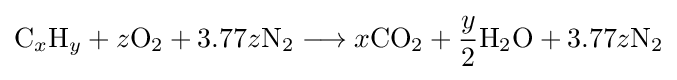
{\mathrm {C} }_{x}{\mathrm {H} }_{y}+z{\mathrm {O} {\vphantom {A}}_{\smash[{t}]{2}}}+3.77z{\mathrm {N} {\vphantom {A}}_{\smash[{t}]{2}}{}\mathrel {\longrightarrow } {}}x{\mathrm {CO} {\vphantom {A}}_{\smash[{t}]{2}}}+{y \over 2}{\mathrm {H} {\vphantom {A}}_{\smash[{t}]{2}}\mathrm {O} }+3.77z{\mathrm {N} {\vphantom {A}}_{\smash[{t}]{2}}}